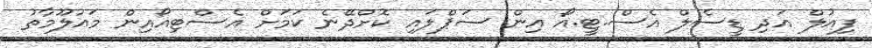
ފިއުލް އަދި ޑީސެލް އެސް.ޓީ.އޯ އިން ސަޕްލައި ކޮށްދޭނެ ކަމަށް އެސްޓިއޯއިން މައުލޫމާތު